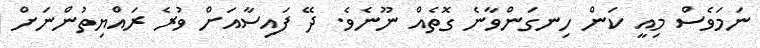
ނަމަވެސް މިއީ ކަން ހިނގަންވާނެ ގޮތެއް ނޫނެވެ. ދޭ ފައިސާއަށް ވުރެ ރައްޔިތުންނަށް